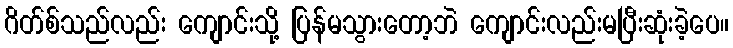
ဂိတ်စ်သည်လည်း ကျောင်းသို့ ပြန်မသွားတော့ဘဲ ကျောင်းလည်းမပြီးဆုံးခဲ့ပေ။